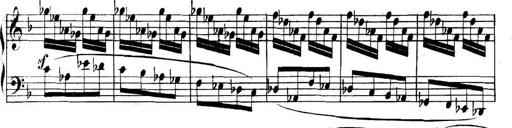
Title: Collected Piano Sonatas
Composer: Muzio Clementi